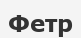
Фетр